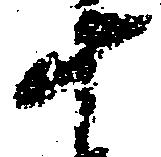
十